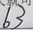
6 3